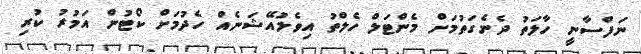
ނަފްސާނީ ހާލަތު ދެނެގަތުމަށް މެންޓަލް ހެލްތު އިވެލުއޭޝަނެއް ހެދުމަށް ކޯޓުން އަމުރު ކުރި